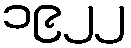
၁၉၂၂